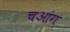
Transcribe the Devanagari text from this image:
चआंग